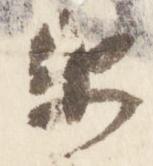
衛